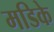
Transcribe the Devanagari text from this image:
मडिके